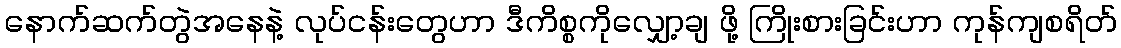
နောက်ဆက်တွဲအနေနဲ့ လုပ်ငန်းတွေဟာ ဒီကိစ္စကိုလျှော့ချ ဖို့ ကြိုးစားခြင်းဟာ ကုန်ကျစရိတ်